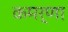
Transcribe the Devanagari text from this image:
कमर्णा